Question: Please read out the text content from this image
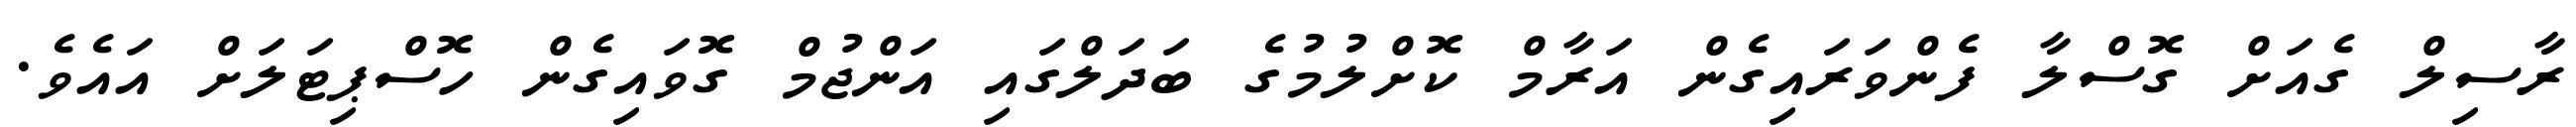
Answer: ރާސިލް ގެއަށް ގޮސްލާ ފެންވަރައިގެން އަރާމް ކޮށްލުމުގެ ބަދަލްގައި އަންޖުމް ގޮވައިގެން ހޮސްޕިޓަލަށް އައެވެ.